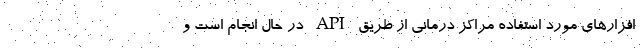
افزارهای مورد استفاده مراکز درمانی از طریق API در حال انجام است و